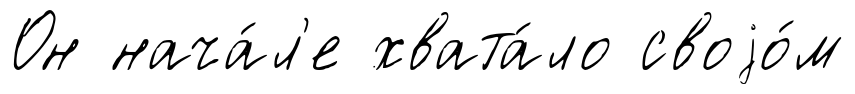
Он нача́л'е хвата́ло своjо́м